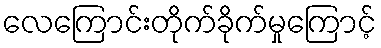
လေကြောင်းတိုက်ခိုက်မှုကြောင့်